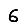
Digit: 6